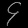
Digit: ၄